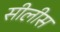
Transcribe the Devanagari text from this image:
सीलीस